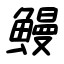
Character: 鰻